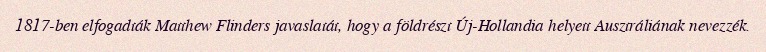
1817-ben elfogadták Matthew Flinders javaslatát, hogy a földrészt Új-Hollandia helyett Ausztráliának nevezzék.